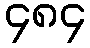
၄၈၄